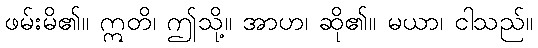
ဖမ်းမိ၏။ ဣတိ၊ ဤသို့။ အာဟ၊ ဆို၏။ မယာ၊ ငါသည်။